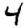
Digit: 4